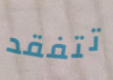
تتفقد